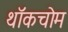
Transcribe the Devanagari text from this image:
थॉकचोम